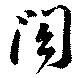
閤